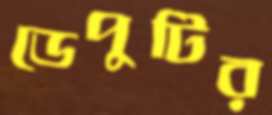
ডেপুটির